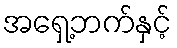
အရှေ့ဘက်နှင့်